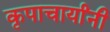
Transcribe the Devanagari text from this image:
कृपाचार्यांनी